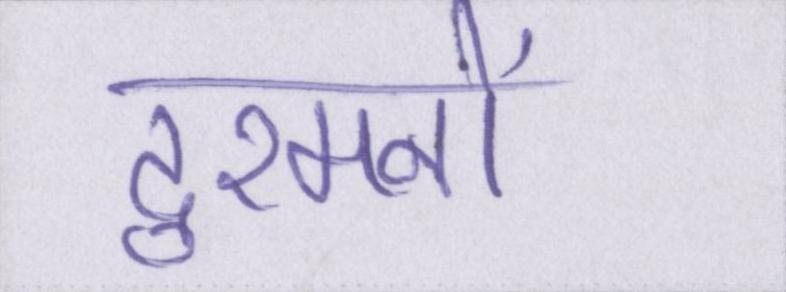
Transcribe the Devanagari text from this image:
दुश्मनों